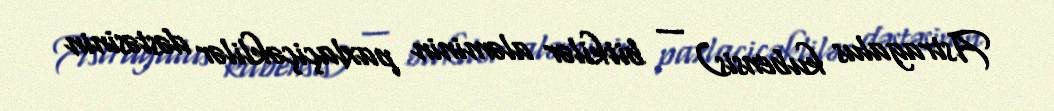
Astragalus kubensis) — bitkilər aləminin paxlaçiçəklilər dəstəsinin